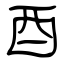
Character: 酉